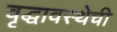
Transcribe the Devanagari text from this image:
वृद्धावस्थेची